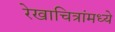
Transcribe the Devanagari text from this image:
रेखाचित्रांमध्ये